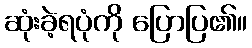
ဆုံးခဲ့ရပုံကို ပြောပြ၏။